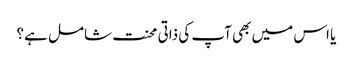
یا اس میں بھی آپ کی ذاتی محنت شامل ہے؟